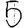
Digit: 5